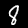
Digit: 8